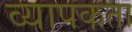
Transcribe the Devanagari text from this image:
व्‍यापकता